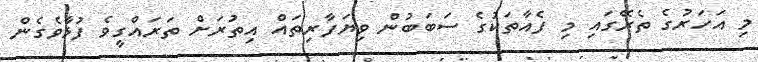
މި އަހަރުގެ ތެރޭގައި މި ފެއާތަކުގެ ސަބަބުން ވިޔަފާރިތައް އިތުރަށް ތަރައްގީވެ ފުޅާވެގެން